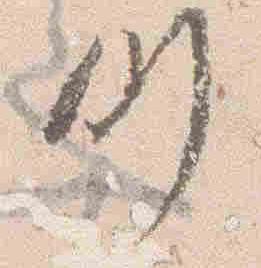
例